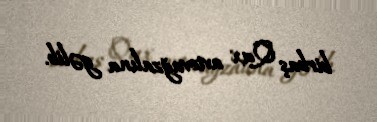
birbaş Qax avtovağzalına gəlib.